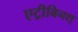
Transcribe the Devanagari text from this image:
एट्रीबिनश्